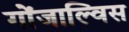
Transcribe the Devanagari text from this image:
गोंजाल्विस